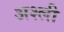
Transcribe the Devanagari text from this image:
अश्ली